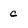
Character: c